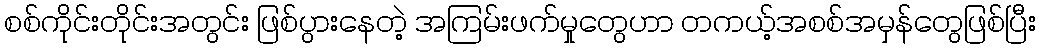
စစ်ကိုင်းတိုင်းအတွင်း ဖြစ်ပွားနေတဲ့ အကြမ်းဖက်မှုတွေဟာ တကယ့်အစစ်အမှန်တွေဖြစ်ပြီး